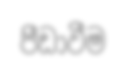
පීඩාවීම